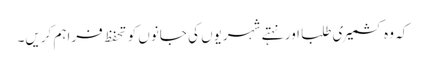
کہ وہ کشمیری طلبا اور نہتے شہریوں کی جانوں کو تحفظ فراہم کریں۔